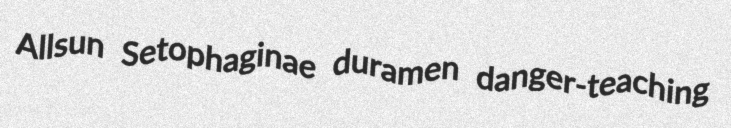
Allsun Setophaginae duramen danger-teaching